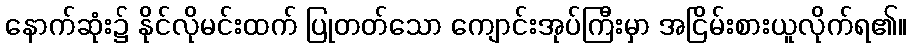
နောက်ဆုံး၌ နိုင်လိုမင်းထက် ပြုတတ်သော ကျောင်းအုပ်ကြီးမှာ အငြိမ်းစားယူလိုက်ရ၏။